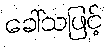
ခေါ်သဖြင့်